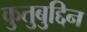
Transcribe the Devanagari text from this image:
कुतुबुद्दिन